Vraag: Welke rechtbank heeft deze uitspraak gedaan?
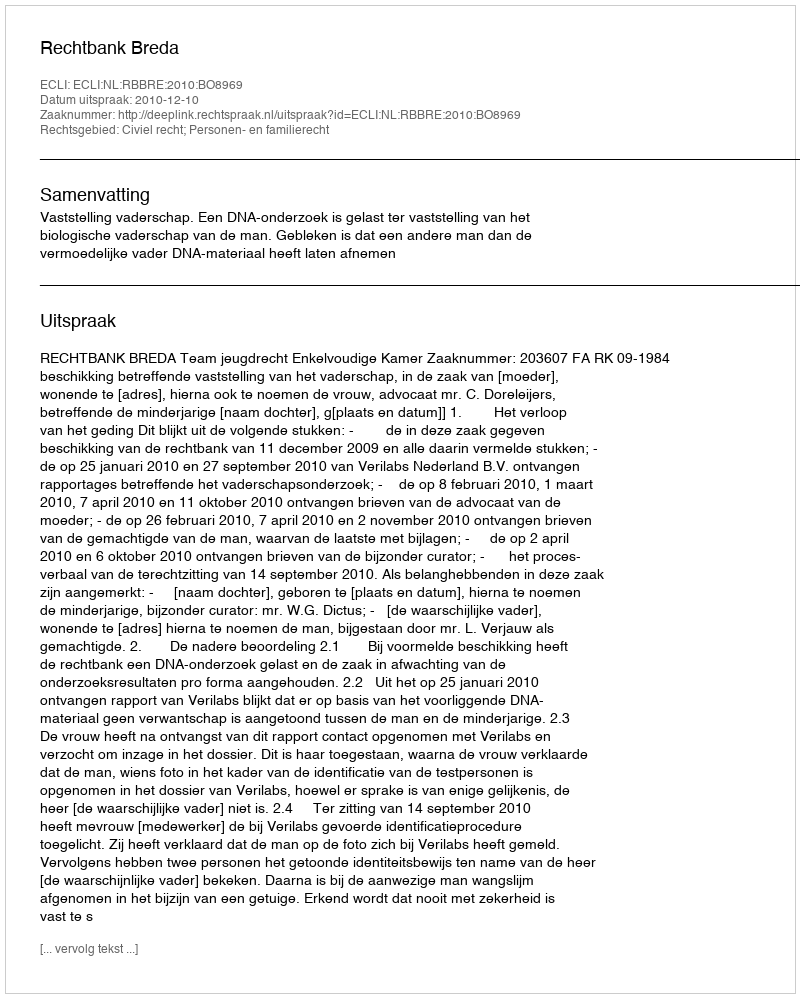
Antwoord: Rechtbank Breda